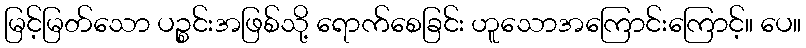
မြင့်မြတ်သော ပဉ္စင်းအဖြစ်သို့ ရောက်စေခြင်း ဟူသောအကြောင်းကြောင့်။ ပေ။